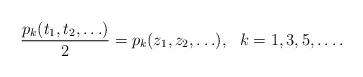
LaTeX: \begin{align*}{p_k(t_1,t_2, \ldots) \over 2}= p_k(z_1,z_2, \ldots), ~~k=1,3,5, \ldots. \end{align*}